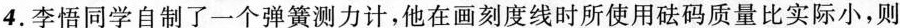
4.李悟同学自制了一个弹簧测力计，他在画刻度线时所使用砝码质量比实际小，则